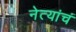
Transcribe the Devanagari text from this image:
नेत्यांचं